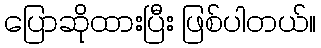
ပြောဆိုထားပြီး ဖြစ်ပါတယ်။